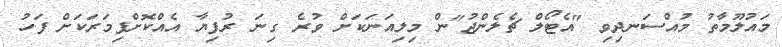
މައުލޫމާތު މުއްސަނދިވި "އެޓޯލް ޗެލެންޖު"ން މިލިއަނަކަށް ވުރެ ގިނަ ރުފިޔާ އެއްކޮށްފިމަރަކަށް ފަހު